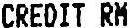
CREDIT RM